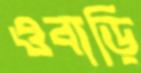
ওবাড়ি